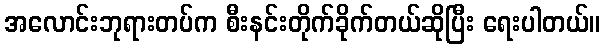
အလောင်းဘုရားတပ်က စီးနင်းတိုက်ခိုက်တယ်ဆိုပြီး ရေးပါတယ်။